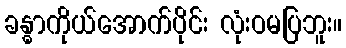
ခန္ဓာကိုယ်အောက်ပိုင်း လုံးဝမပြဘူး။